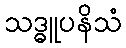
သဒ္ဓူပနိသံ